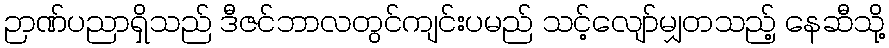
ဉာဏ်ပညာရှိသည် ဒီဇင်ဘာလတွင်ကျင်းပမည် သင့်လျော်မျှတသည့် နေဆီသို့